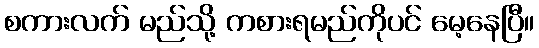
စကားလက် မည်သို့ ကစားရမည်ကိုပင် မေ့နေပြီ။